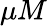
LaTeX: \mu M